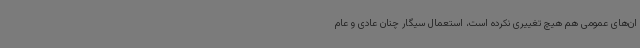
ان‌های عمومی هم هیچ تغییری نکرده است، استعمال سیگار چنان عادی و عام